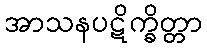
အာသနပဋိက္ခိတ္တာ